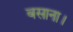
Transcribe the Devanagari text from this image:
बसाना।